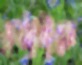
তৃষ্ণাটাকে